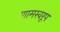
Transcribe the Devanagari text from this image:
णामस्वरूप